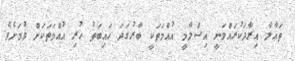
ތަޢާލާ އިރާދަކުރައްވަނީ އިސްލާމީ އުއްމަތަކީ ބާރުގަދަ ހައިބަތު ހުރި އުއްމަތަކަށް ވުމަށެވެ.